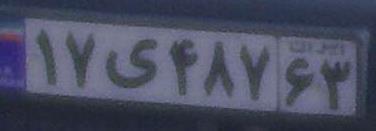
۱۷ی۴۸۷۶۳